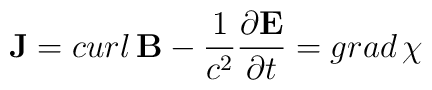
{\bf J} =  curl \, {\bf B} - {1\over c^2}{\partial {\bf E} \over \partial t} =  grad \, \chi